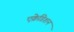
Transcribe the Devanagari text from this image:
एक्रेडिशन